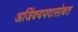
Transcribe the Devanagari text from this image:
अजिंक्यपदासोबत